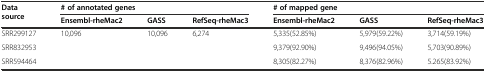
<table><thead><tr><td rowspan="2"><b>Data source</b></td><td colspan="3"><b># of annotated genes</b></td><td colspan="3"><b># of mapped gene</b></td></tr><tr><td><b>Ensembl-rheMac2</b></td><td><b>GASS</b></td><td><b>RefSeq-rheMac3</b></td><td><b>Ensembl-rheMac2</b></td><td><b>GASS</b></td><td><b>RefSeq-rheMac3</b></td></tr></thead><tbody><tr><td>SRR299127</td><td rowspan="3">10,096</td><td rowspan="3">10,096</td><td rowspan="3">6,274</td><td>5,335(52.85%)</td><td>5,979(59.22%)</td><td>3,714(59.19%)</td></tr><tr><td>SRR832953</td><td>9,379(92.90%)</td><td>9,496(94.05%)</td><td>5,703(90.89%)</td></tr><tr><td>SRR594464</td><td>8,305(82.27%)</td><td>8,376(82.96%)</td><td>5.265(83.92%)</td></tr></tbody></table>